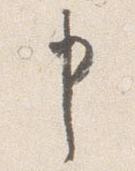
申